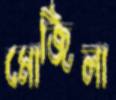
মোজিলা